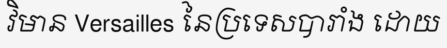
វិមាន Versailles នៃប្រទេសបារាំង ដោយ